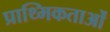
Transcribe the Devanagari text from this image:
प्राथ्मिकताओं